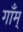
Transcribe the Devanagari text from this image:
गाँम्